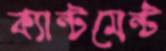
ক্যান্টমেন্ট